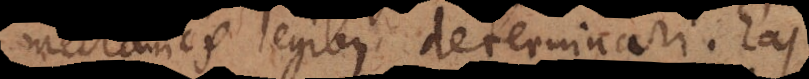
mechanicis legibus determinari. Eas